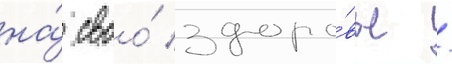
на́ своо́ здоро́вье /